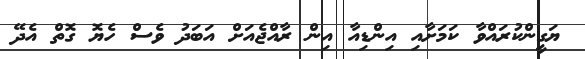
ޔަގީންކުރައްވާ ކަމަށާއި އިންޑިއާ އިން ރާއްޖެއަށް އަބަދު ވެސް ހެޔޮ ގޮތް އެދޭ